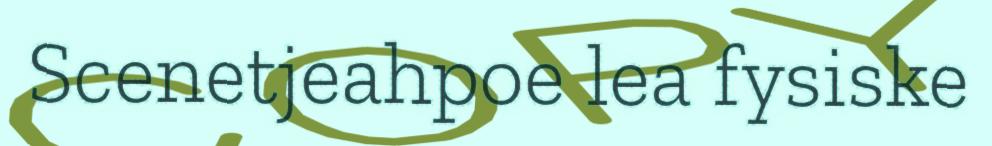
Scenetjeahpoe lea fysiske